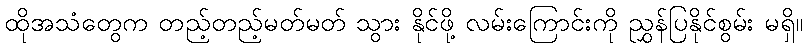
ထိုအသံတွေက တည့်တည့်မတ်မတ် သွား နိုင်ဖို့ လမ်းကြောင်းကို ညွှန်ပြနိုင်စွမ်း မရှိ။